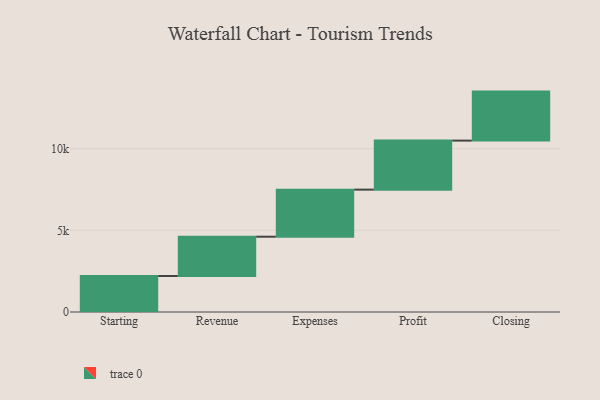
{"axis": {"x": "Step", "y": "Value"}, "legend": [""], "data": [{"x": "Starting", "y": 2203.0, "type": ""}, {"x": "Revenue", "y": 2405.0, "type": ""}, {"x": "Expenses", "y": 2882.0, "type": ""}, {"x": "Profit", "y": 3000, "type": ""}, {"x": "Closing", "y": 3000, "type": ""}]}